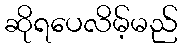
ဆိုရပေလိမ့်မည်